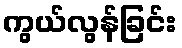
ကွယ်လွန်ခြင်း